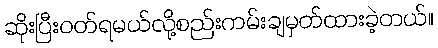
ဆိုးပြီးဝတ်ရမယ်လို့စည်းကမ်းချမှတ်ထားခဲ့တယ်။